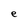
Character: e